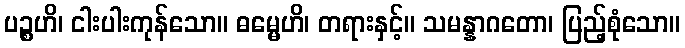
ပဉ္စဟိ၊ ငါးပါးကုန်သော။ ဓမ္မေဟိ၊ တရားနှင့်။ သမန္နာဂတော၊ ပြည့်စုံသော။